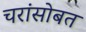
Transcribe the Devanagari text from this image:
चरांसोबत